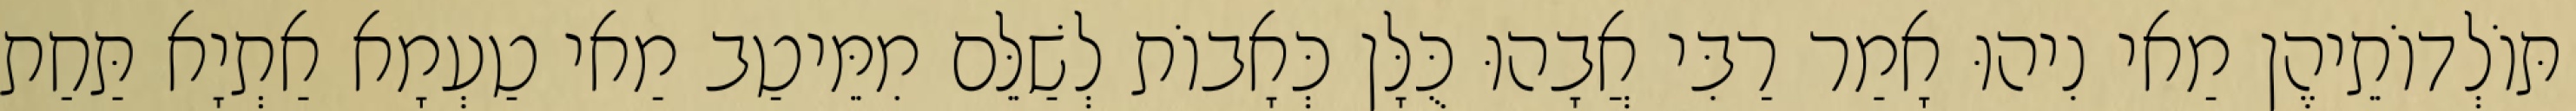
תּוֹלְדוֹתֵיהֶן מַאי נִיהוּ אָמַר רַבִּי אֲבָהוּ כֻּלָּן כְּאָבוֹת לְשַׁלֵּם מִמֵּיטַב מַאי טַעְמָא אַתְיָא תַּחַת